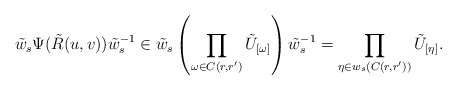
\begin{align*} \tilde{w}_s\Psi(\tilde{R}(u,v))\tilde{w}_s^{-1}&\in \tilde{w}_s \left(\prod_{\omega\in C(r,r')}\tilde{U}_{[\omega]}\right)\tilde{w}_s^{-1}=\prod_{\eta\in w_s(C(r,r'))}\tilde{U}_{[\eta]}.\end{align*}